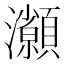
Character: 𤅓